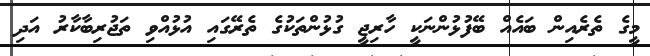
މީގެ ތެރެއިން ބައެއް ބޭފުޅުންނަކީ ހާރިޖީ ގުޅުންތަކުގެ ތެރޭގައި އުޅުއްވި ތަޖުރިބާކާރު އަދި